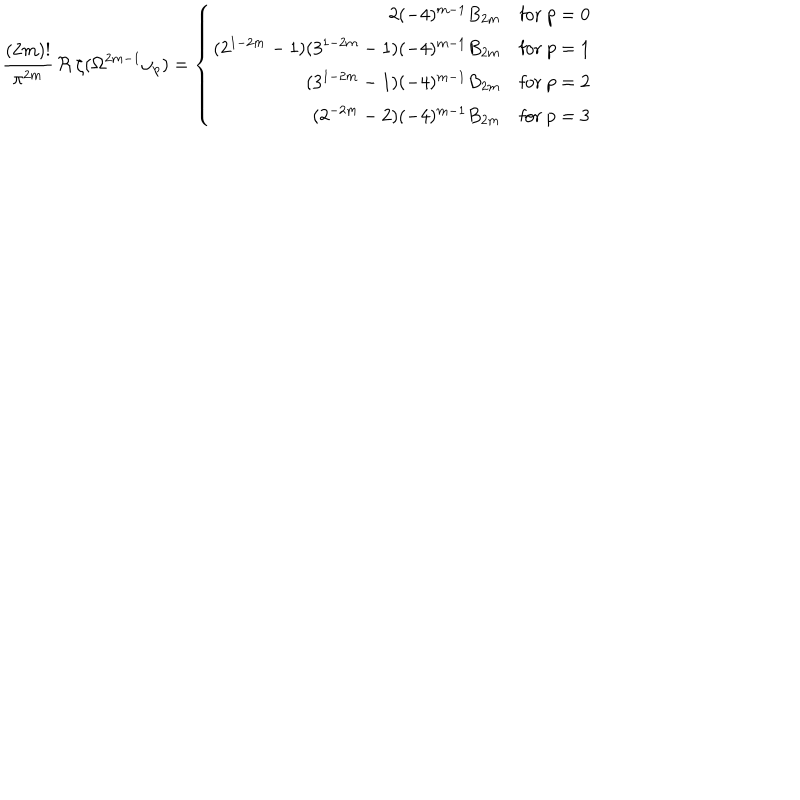
\frac { ( 2 m ) ! } { \pi ^ { 2 m } } \, \Re \, \zeta ( \Omega ^ { 2 m - 1 } \omega _ { p } ) = \left\{ \begin{array} { r r r } { { 2 ( - 4 ) ^ { m - 1 } B _ { 2 m } } } & { { \mathrm { f o r ~ } p = 0 } } \\ { { ( 2 ^ { 1 - 2 m } - 1 ) ( 3 ^ { 1 - 2 m } - 1 ) ( - 4 ) ^ { m - 1 } B _ { 2 m } } } & { { \mathrm { f o r ~ } p = 1 } } \\ { { ( 3 ^ { 1 - 2 m } - 1 ) ( - 4 ) ^ { m - 1 } B _ { 2 m } } } & { { \mathrm { f o r ~ } p = 2 } } \\ { { ( 2 ^ { - 2 m } - 2 ) ( - 4 ) ^ { m - 1 } B _ { 2 m } } } & { { \mathrm { f o r ~ } p = 3 } } \\ \end{array} \right.